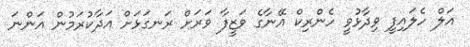
އަލް ހެލައިފީ ވިދާޅުވީ ހެންރިކް އޭނާގެ ވަޒީފާ ވަރަށް ރަނގަޅަށް އަދާކުރަމުން އަންނަ